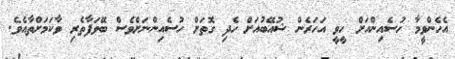
އެހެންވީމާ ހުސެއިންއަށް ހީވީ އަހަރެން ޝުއޭބުއަށް ހެދި ގޮތަށް ހުސެއިންނަށްވެސް ބޭވަފާތެރި ވާކަމަށްތާއެވެ.